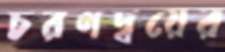
চরণদ্বয়ের